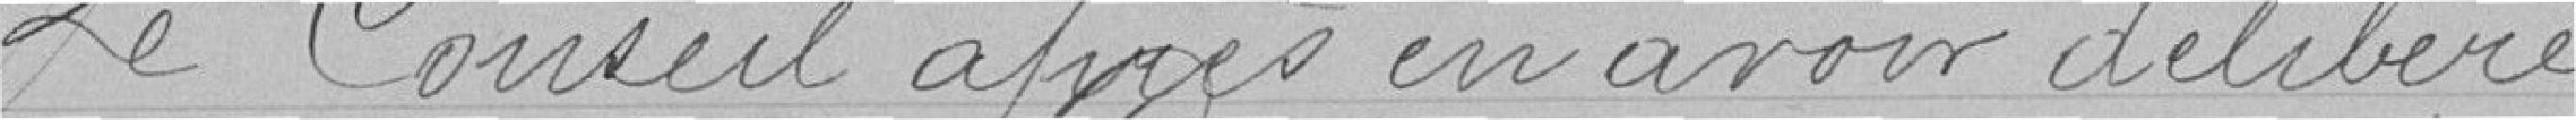
Le Conseil après en avoir délibéré,